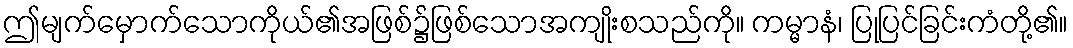
ဤမျက်မှောက်သောကိုယ်၏အဖြစ်၌ဖြစ်သောအကျိုးစသည်ကို။ ကမ္မာနံ၊ ပြုပြင်ခြင်းကံတို့၏။